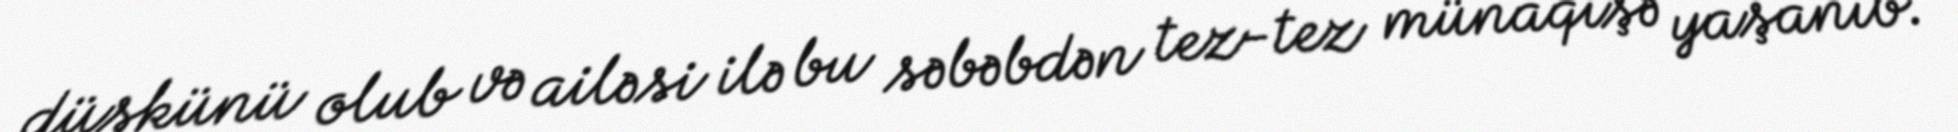
düşkünü olub və ailəsi ilə bu səbəbdən tez-tez münaqişə yaşanıb.